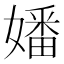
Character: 嬏